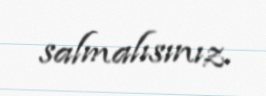
salmalısınız.